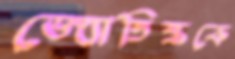
জ্যোতিষ্ককে